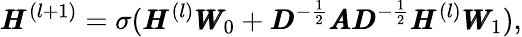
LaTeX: \pmb{H}^{(l+1)}=\sigma(\pmb{H}^{(l)}\pmb{W}_{0}+\pmb{D}^{-\frac 12}\pmb{A}\pmb{D}^{-\frac 12}\pmb{H}^{(l)}\pmb{W}_{1}),